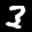
Label: 3